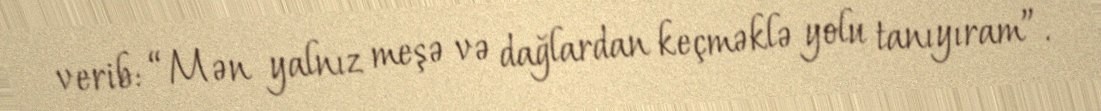
verib: “Mən yalnız meşə və dağlardan keçməklə yolu tanıyıram”.